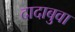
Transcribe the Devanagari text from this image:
दादाबुवा